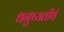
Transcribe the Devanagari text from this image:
धनुष्यतीर्थ